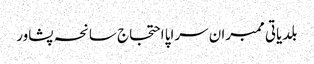
بلدیاتی ممبران سراپا احتجاج سانحہ پشاور